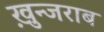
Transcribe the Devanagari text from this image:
ख़ुन्जराब